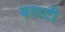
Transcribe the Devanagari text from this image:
बगाटी